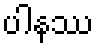
ပါနဿ